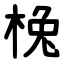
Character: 㭸